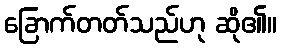
ခြောက်တတ်သည်ဟု ဆို၏။